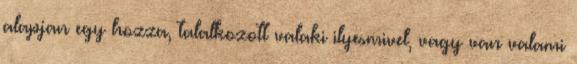
alapjan egy hozza, talalkozott valaki ilyesmivel, vagy van valami